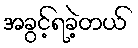
အခွင့်ရခဲ့တယ်